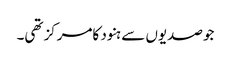
جوصدیوں سے ہنود کامرکزتھی۔